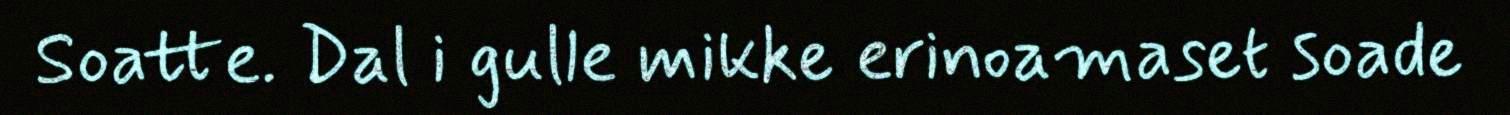
Soatte. Dal i gulle mikke erinoamaset soade